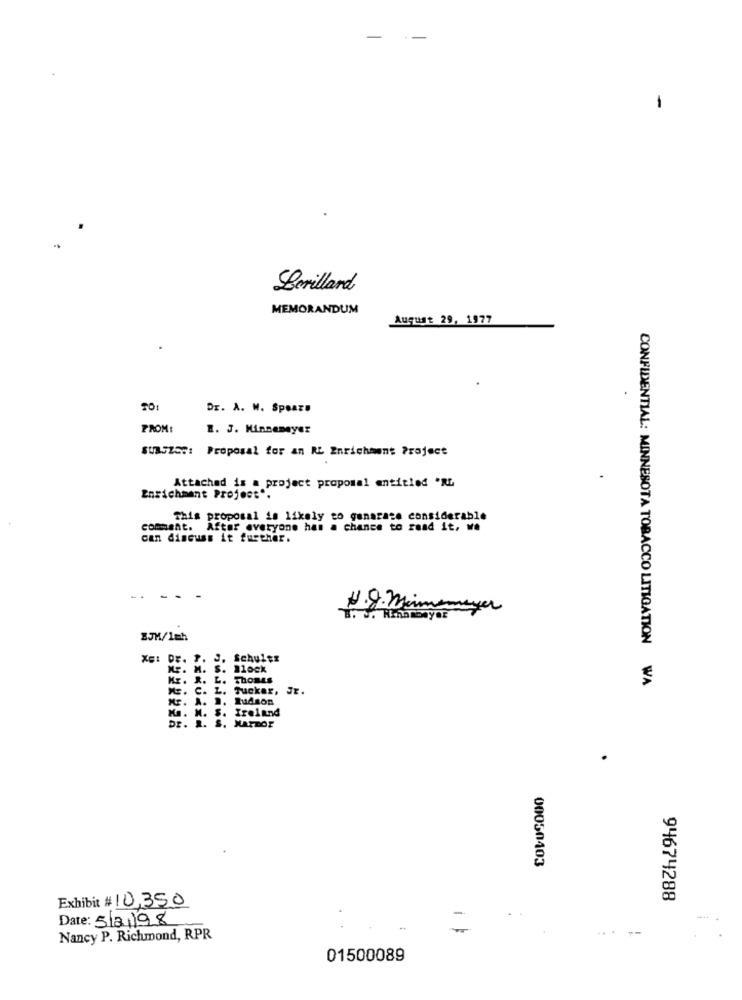
-
-
Lerillard
MEMORANDUM
August 29, 1977
Dr. A. W. Spears
FROM:
R. J. Minneneyer
SUB-Z55: Proposal for an RL Enrichment Project
Attached is a project proposal entitled "RL
Enrichment Project".
This proposal is likely to ganarate considerable
comment. After everyone has a chance to read it, we
can discuss it further.
J. Schultz
M. S. 10ck
CONFIDENTIAL: MINNESOTA TOBACCO LITIGATION WA
Mr. R. L. THOMAS
ME. C. L. Tucker, Jr.
Mr. A. D. Rudson
Ka. N. S. Ireland
Dr. R. S. HARBOR
00050403
Exhibit # 10,350
94674288
Date: 5/2/98
..
Nancy P. Richmond, RPR
01500089